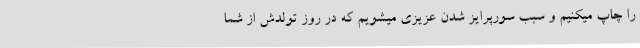
را چاپ میکنیم و سبب سورپرایز شدن عزیزی میشویم که در روز تولدش از شما